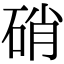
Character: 硝